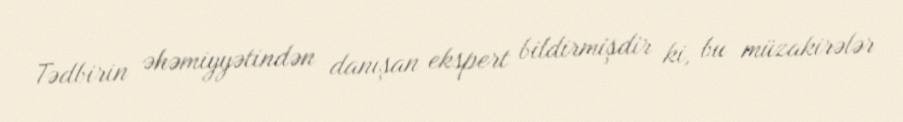
Tədbirin əhəmiyyətindən danışan ekspert bildirmişdir ki, bu müzakirələr